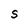
Character: S